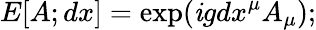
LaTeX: E[A;dx]=\exp(\mathit{i}gdx^{\mu}A_{\mu});